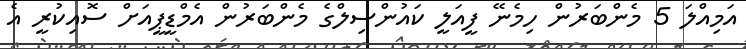
އަމިއްލަ 5 މެންބަރުން ހިމެނޭ ފީއަލީ ކައުންސިލްގެ މެންބަރުން އެމްޑީޕީއަށް ސޮއިކުރީ އެ